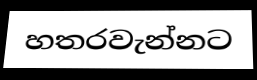
හතරවැන්නට